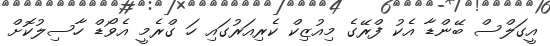
އީގަލްސް ބޭންޑާ އެކު ފްރޭގެ މިއުޒިކް ކެރިއަރުގައި ހަ ގްރެމީ އެވޯޑް ހާސިލުކޮށް